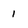
Character: 1